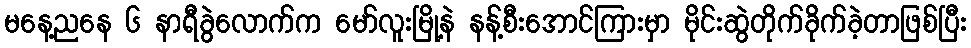
မနေ့ညနေ ၆ နာရီခွဲလောက်က မော်လူးမြို့နဲ နန့်စီးအောင်ကြားမှာ မိုင်းဆွဲတိုက်ခိုက်ခဲ့တာဖြစ်ပြီး